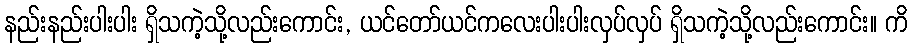
နည်းနည်းပါးပါး ရှိသကဲ့သို့လည်းကောင်း, ယင်တော်ယင်ကလေးပါးပါးလှပ်လှပ် ရှိသကဲ့သို့လည်းကောင်း။ ကိ